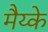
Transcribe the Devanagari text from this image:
मैय्के